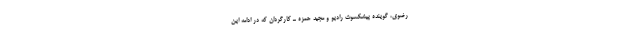
رضوی، گوینده پیشکسوت رادیو و مجید حمزه ـ کارگردان که در ادامه این